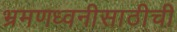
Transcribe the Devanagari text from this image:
भ्रमणध्वनीसाठीची